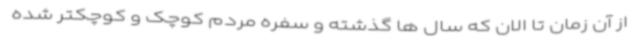
از آن زمان تا الان که سال ها گذشته و سفره مردم کوچک و کوچکتر شده